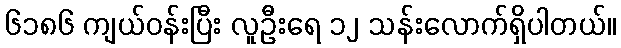
၆၁၈၆ ကျယ်ဝန်းပြီး လူဦးရေ ၁၂ သန်းလောက်ရှိပါတယ်။